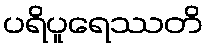
ပရိပူရေဿတိ